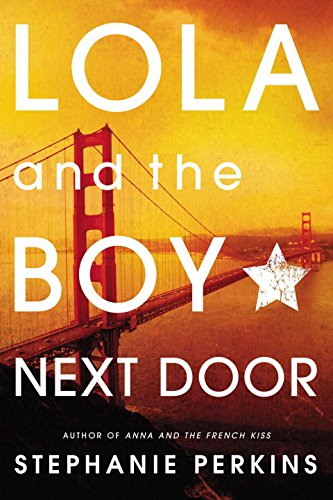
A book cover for Lola and the Boy Next Door; Stephanie Perkins; Teen & Young Adult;